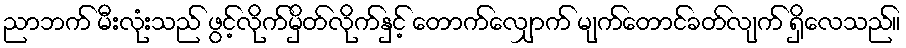
ညာဘက် မီးလုံးသည် ဖွင့်လိုက်မှိတ်လိုက်နှင့် တောက်လျှောက် မျက်တောင်ခတ်လျက် ရှိလေသည်။